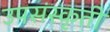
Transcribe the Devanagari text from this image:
उपसंस्कृती